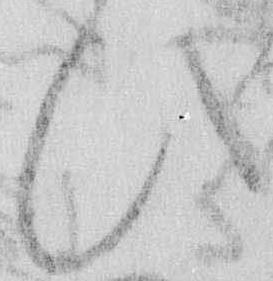
ひ